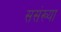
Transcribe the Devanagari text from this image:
ससंख्या